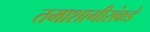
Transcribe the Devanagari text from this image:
तमाशागीरांकडे